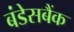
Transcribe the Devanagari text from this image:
बंडेसबैंक